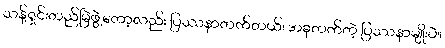
သန့်ရှင်းတည်မြဲဖွဲ့တော့လည်း ပြဿနာတက်တယ်၊ အခုတက်တဲ့ ပြဿနာမျိုးပဲ။